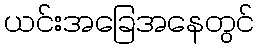
ယင်းအခြေအနေတွင်